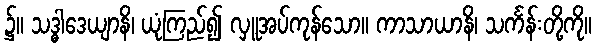
၌။ သဒ္ဓါဒေယျာနိ၊ ယုံကြည်၍ လှူအပ်ကုန်သော။ ကာသာယာနိ၊ သင်္ကန်းတို့ကို။